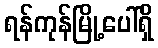
ရန်ကုန်မြို့ပေါ်ရှိ